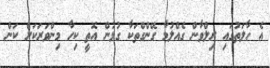
އެ ހާލަތުގައި ރިލްވާން ގެއްލުމާ ގޭންގްތަކާ ގުޅުން އޮތީ ކިހާ މިންވަރަކަށް ކަން